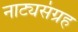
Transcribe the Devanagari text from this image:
नाट्यसंग्रह